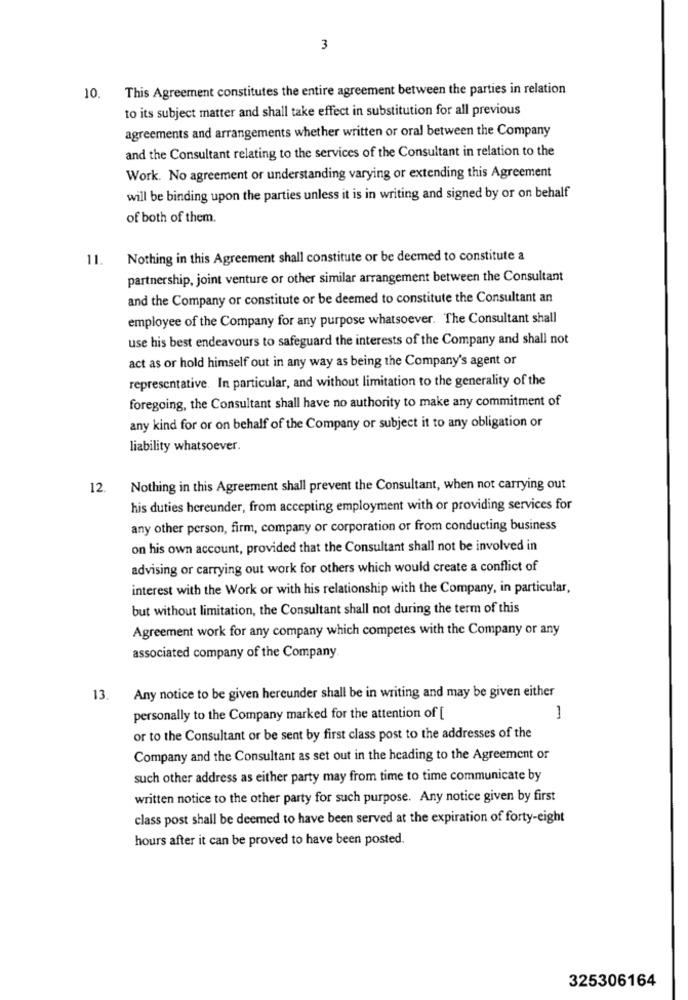
3
This Agreement constitutes the entire agreement between the parties in relation
10.
to its subject matter and shall take effect in substitution for all previous
agreements and arrangements whether written or oral between the Company
and the Consultant relating to the services of the Consultant in relation to the
Work. No agreement or understanding varying or extending this Agreement
will be binding upon the parties unless it is in writing and signed by or on behalf
of both of them.
11.
Nothing in this Agreement shall constitute or be deemed to constitute a
partnership, joint venture or other similar arrangement between the Consultant
and the Company or constitute or be deemed to constitute the Consultant an
employee of the Company for any purpose whatsoever. The Consultant shall
use his best endeavours to safeguard the interests of the Company and shall not
act as or hold himself out in any way as being the Company's agent or
representative. In particular, and without limitation to the generality of the
foregoing, the Consultant shall have no authority to make any commitment of
any kind for or on behalf of the Company or subject it to any obligation or
liability whatsoever.
12. Nothing in this Agreement shall prevent the Consultant, when not carrying out
his duties hereunder, from accepting employment with or providing services for
any other person, firm, company or corporation or from conducting business
on his own account, provided that the Consultant shall not be involved in
advising or carrying out work for others which would create a conflict of
interest with the Work or with his relationship with the Company, in particular,
but without limitation, the Consultant shall not during the term of this
Agreement work for any company which competes with the Company or any
associated company of the Company.
13. Any notice to be given hereunder shall be in writing and may be given either
personally to the Company marked for the attention of [
1
or to the Consultant or be sent by first class post to the addresses of the
Company and the Consultant as set out in the heading to the Agreement or
such other address as either party may from time to time communicate by
written notice to the other party for such purpose. Any notice given by first
class post shall be deemed to have been served at the expiration of forty-eight
hours after it can be proved to have been posted.
325306164